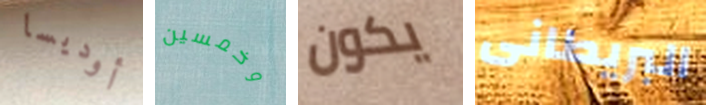
أوديسا وخمسين يكون البريطانى